Annual report on the Civil Veterinary Department, Burma (including the Insein Veterinary School) - 1932-1941
Year: 1932
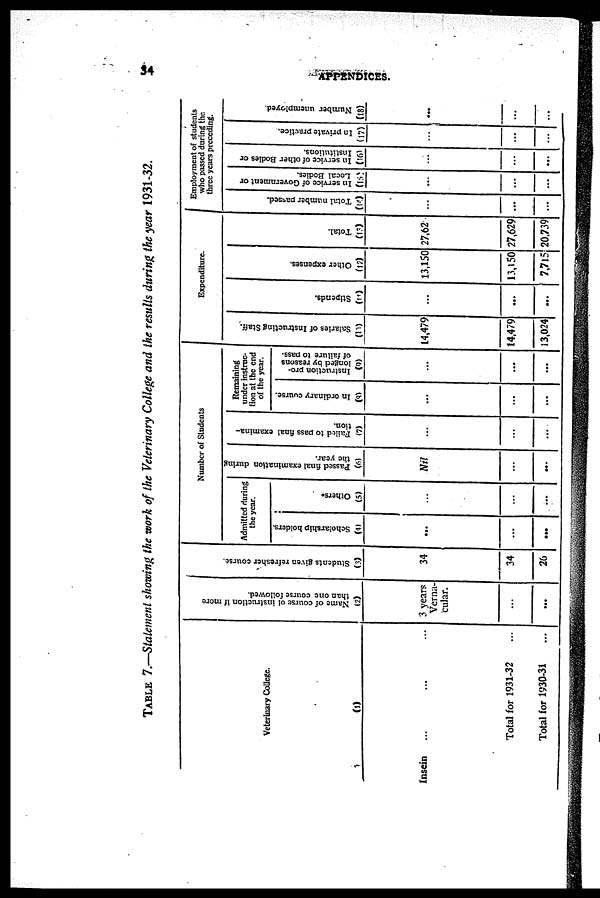
34
APPENDICES.
TABLE 7.—Statement showing the work of the Veterinary College and the results during the year 1931-32.
Veterinary College.
(1)
Insein ... ... ...
Total for 1931-32
Total for 1930-31 ...
Name of course of instruction if more
than one course followed.
(2)
3 years
Verna-
cular.
...
...
Students given refresher course.
(3)
34
34
26
Number of Students
Admitted during
the year.
Scholarship holders.
(4)
...
...
...
Others.
(5)
...
...
...
Passed final examination during
the year.
(6)
Nil
...
...
Failed to pass final examina-
tion.
(7)
...
...
...
Remaining
tinder instruc-
tion at the end
of the year.
In ordinary course.
(3)
...
...
...
Instruction pro-
longed by reasons
of failure to pass.
(9)
...
...
...
Expenditure.
Salaries of Instructing Staff.
(10)
14,479
14,479
13,024
Stipends.
(11)
...
...
...
Other expenses.
(12)
13,150
13,150
7,715
Total.
(13)
27,62
27,629
20,739
Employment of students
who passed during the
three years preceding.
Total number passed.
(14)
...
...
...
In service of Government or
Local Bodies.
(15)
...
...
...
In service of other Bodies or
Institutions.
(16)
...
...
...
In private practice.
(17)
...
...
...
Number unemployed.
(18)
...
...
...